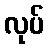
လုပ်